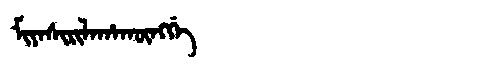
Manchu: ᠮᡳᠶᠠᠰᡳᡵᡳᠯᠠᡥᠠᡴᡡᠩᡤᡝ
Romanization: MIYASIRILAHAKŪNGGE